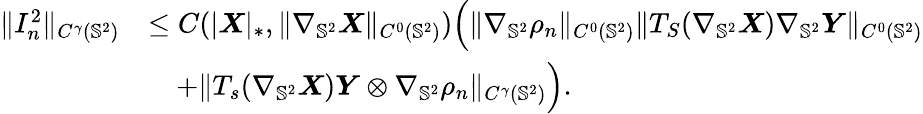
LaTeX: \begin{array}{rl}{\| I_{n}^{2}\| _{C^{\gamma}(\mathbb{S}^{2})}}&{\leq C(|\boldsymbol{X}|_{*},\| \nabla_{\mathbb{S}^{2}}\boldsymbol{X}\| _{C^{0}(\mathbb{S}^{2})})\Big(\| \nabla_{\mathbb{S}^{2}}\rho_{n}\| _{C^{0}(\mathbb{S}^{2})}\| T_{S}(\nabla_{\mathbb{S}^{2}}\boldsymbol{X})\nabla_{\mathbb{S}^{2}}\boldsymbol{Y}\| _{C^{0}(\mathbb{S}^{2})}}\\ &{\quad+\| T_{s}(\nabla_{\mathbb{S}^{2}}\boldsymbol{X})\boldsymbol{Y}\otimes\nabla_{\mathbb{S}^{2}}\rho_{n}\| _{C^{\gamma}(\mathbb{S}^{2})}\Big).}\end{array}